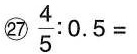
㉗ $$\frac { 4 } { 5 } : 0 . 5 =$$